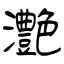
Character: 灔